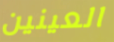
العينين